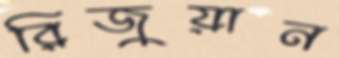
রিজুয়ান